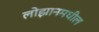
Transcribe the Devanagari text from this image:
लोझानमधील